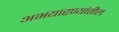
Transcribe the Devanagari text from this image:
अभयारण्यांतील